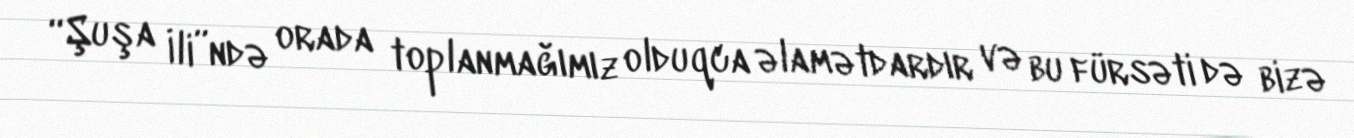
“Şuşa İli”ndə orada toplanmağımız olduqca əlamətdardır və bu fürsəti də bizə